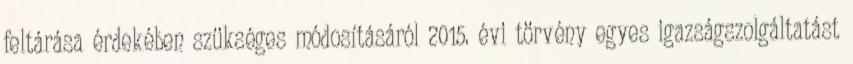
feltárása érdekében szükséges módosításáról 2015. évi törvény egyes igazságszolgáltatást